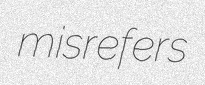
misrefers